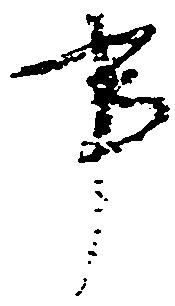
事